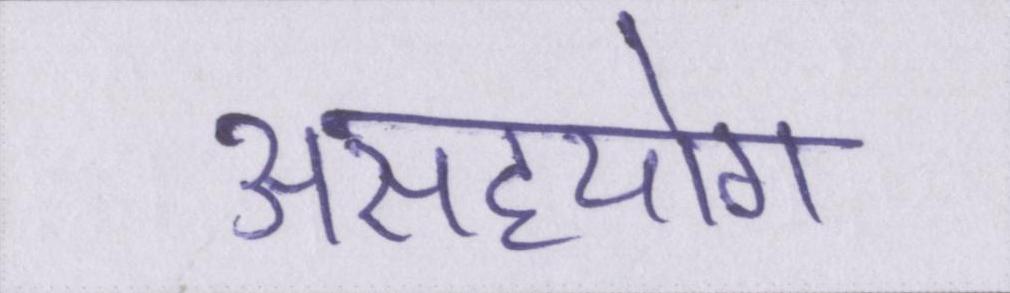
असहयोग